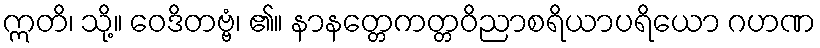
ဣတိ၊ သို့။ ဝေဒိတဗ္ဗံ၊ ၏။ နာနတ္တေကတ္တဝိညာစရိယာပရိယော ဂဟဏ